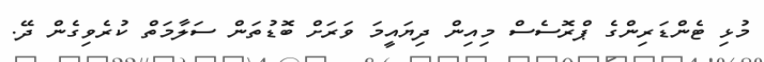
މުޅި ޓެންޑަރިންގެ ޕްރޮސެސް މިއިން ދިޔައީމަ ވަރަށް ބޮޑުތަން ސަލާމަތް ކުރެވިގެން ދޭ.